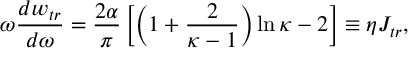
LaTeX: \omega \frac { d w _ { t r } } { d \omega } = \frac { 2 \alpha } { \pi } \left[ \left( 1 + \frac { 2 } { \kappa - 1 } \right) \ln \kappa - 2 \right] \equiv \eta J _ { t r } ,